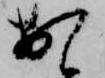
お